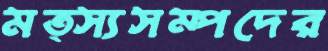
মত্স্যসম্পদের